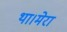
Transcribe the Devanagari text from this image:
था।मेरा